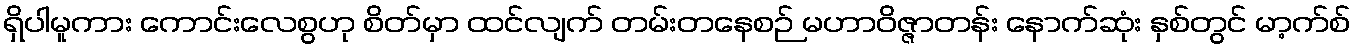
ရှိပါမူကား ကောင်းလေစွဟု စိတ်မှာ ထင်လျက် တမ်းတနေစဉ် မဟာဝိဇ္ဇာတန်း နောက်ဆုံး နှစ်တွင် မာ့က်စ်